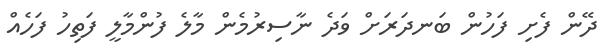
ދޭން ފެށި ފަހުން ބަނދަރަށް ވަދެ ނާސިރުމެން މާލެ ފުންމާލީ ފަތިހު ފަހެއް